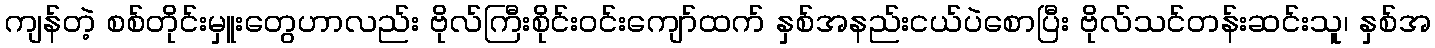
ကျန်တဲ့ စစ်တိုင်းမှူးတွေဟာလည်း ဗိုလ်ကြီးစိုင်းဝင်းကျော်ထက် နှစ်အနည်းငယ်ပဲစောပြီး ဗိုလ်သင်တန်းဆင်းသူ၊ နှစ်အ